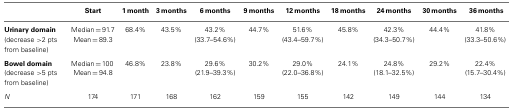
|  | Start | 1 month | 3 months | 6 months | 9 months | 12 months | 18 months | 24 months | 30 months | 36 months |
 | --- | --- | --- | --- | --- | --- | --- | --- | --- | --- | --- |
 | Urinary domain (decrease >2 pts from baseline) | Median = 91.7Mean = 89.3 | 68.4% | 43.5% | 43.2% (33.7–54.6%) | 44.7% | 51.6% (43.4–59.7%) | 45.8% | 42.3% (34.3–50.7%) | 44.4% | 41.8% (33.3–50.6%) |
 | Bowel domain (decrease >5 pts from baseline) | Median = 100 Mean = 94.8 | 46.8% | 23.8% | 29.6% (21.9–39.3%) | 30.2% | 29.0% (22.0–36.8%) | 24.1% | 24.8% (18.1–32.5%) | 29.2% | 22.4% (15.7–30.4%) |
 | N | 174 | 171 | 168 | 162 | 159 | 155 | 142 | 149 | 144 | 134 |